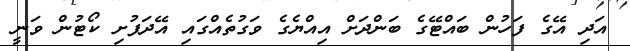
އަދި އޭގެ ފަހުން ބައްޓޭގެ ބަންދަށް އިއްޔެގެ ވަގުތެއްގައި އޭދަފުށި ކޯޓުން ވަނީ